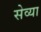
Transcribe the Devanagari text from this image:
सेव्या